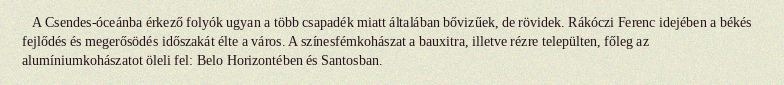
A Csendes-óceánba érkező folyók ugyan a több csapadék miatt általában bővizűek, de rövidek. Rákóczi Ferenc idejében a békés fejlődés és megerősödés időszakát élte a város. A színesfémkohászat a bauxitra, illetve rézre települten, főleg az alumíniumkohászatot öleli fel: Belo Horizontében és Santosban.